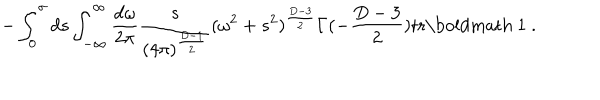
LaTeX: - \int _ { 0 } ^ { \sigma } d s \int _ { - \infty } ^ { \infty } \frac { d \omega } { 2 \pi } \frac { s } { ( 4 \pi ) ^ { \frac { D - 1 } { 2 } } } ( \omega ^ { 2 } + s ^ { 2 } ) ^ { \frac { D - 3 } { 2 } } \Gamma ( - \frac { D - 3 } { 2 } ) \mathrm { t r } \mathrm { \boldmath ~ 1 ~ } .